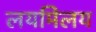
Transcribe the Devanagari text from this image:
लयमिलय